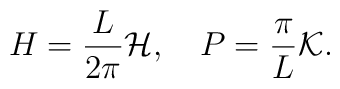
H = \frac{L}{2\pi}{\cal H},   \quad  P = \frac{\pi}{L}{\cal K}.